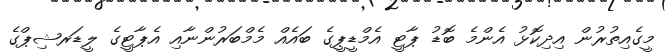
މީގެއިތުރުން އިދިކޮޅު އެންމެ ބޮޑު ޕާޓީ އެމްޑީޕީގެ ބައެއް މެމްބަރުންނާއި އެޕާޓީގެ ލީޑަރޝިޕްގެ